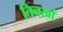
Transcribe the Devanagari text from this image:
तिनखों